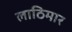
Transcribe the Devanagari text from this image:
लाठिमार